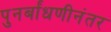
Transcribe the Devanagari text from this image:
पुनर्बांधणीनंतर